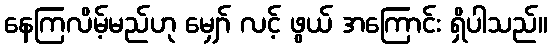
နေကြလိမ့်မည်ဟု မျှော် လင့် ဖွယ် အကြောင်း ရှိပါသည်။